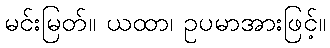
မင်းမြတ်။ ယထာ၊ ဥပမာအားဖြင့်။